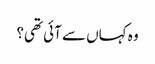
وہ کہاں سے آئی تھی؟